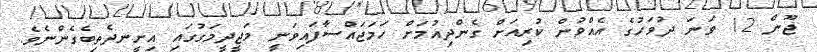
ޖޫން 12 ވަނަ ދުވަހުގެ އެއްވުން ކުރިއަށް ގެންދިއުމަށް ހަމަަޖައްސާފައިވަނީ މަޖީދީމަގުގައި އިށީނދެތިބެގެންނެވެ.